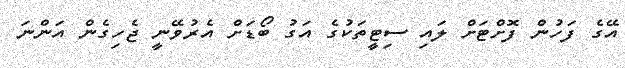
އޭގެ ފަހުން ފޮށްޓަށް ލައި ސިޓީތަކުގެ އަގު ބޯޑަށް އެރުވޭނީ ޖެހިގެން އަންނަ